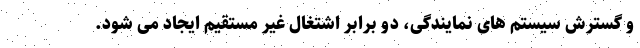
و گسترش سیستم های نمایندگی، دو برابر اشتغال غیر مستقیم ایجاد می شود.